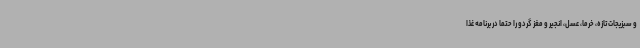
و سبزیجات تازه، خرما، عسل، انجیر و مغز گردو را حتما در برنامه غذا